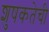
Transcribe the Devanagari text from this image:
शुषकतेची